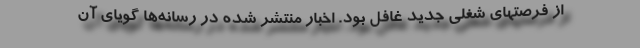
از فرصتهای شغلی جدید غافل بود. اخبار منتشر شده در رسانه‌ها گویای آن